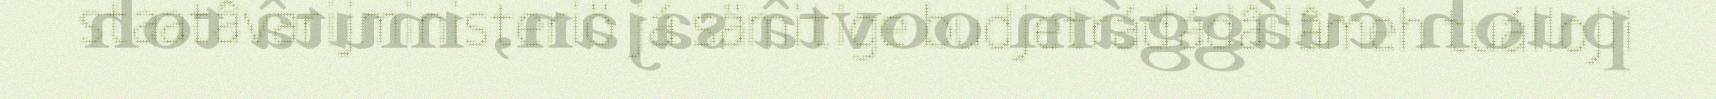
staatâvarijministeriö já sämitige budjetráđádâllâmeh tuállojii